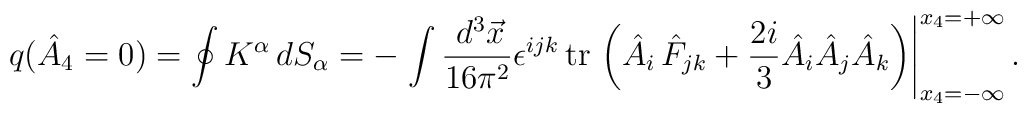
q(\hat{A}_4=0)=\oint K^\alpha \,dS_\alpha =-\left. \int \frac{\,d^3\vec{x}}{16\pi ^2}\epsilon ^{ijk}\,{\rm tr\,}\left( \hat{A}_i\,\hat{F}_{jk} + \frac{2i}3\hat{A}_i\hat{A}_j\hat{A}_k\right) \right|_{x_4=-\infty }^{x_4=+\infty}.